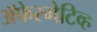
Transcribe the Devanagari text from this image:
अॅफेरमेटिव्ह